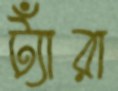
ট্যাঁরা